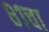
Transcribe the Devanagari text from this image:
८१चा